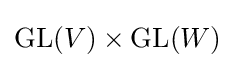
\operatorname {GL} (V)\times \operatorname {GL} (W)